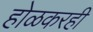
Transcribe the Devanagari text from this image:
होळकरही